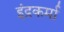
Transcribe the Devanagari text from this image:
इंद्रकर्मा